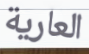
العارية